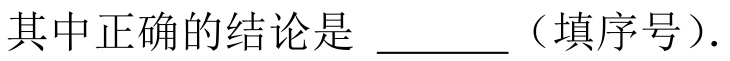
其中正确的结论是 \_\_\_\_ （填序号）.